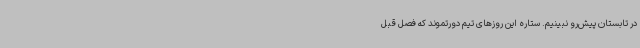
در تابستان پیش‌رو نبینیم. ستاره این روزهای تیم دورتموند که فصل قبل